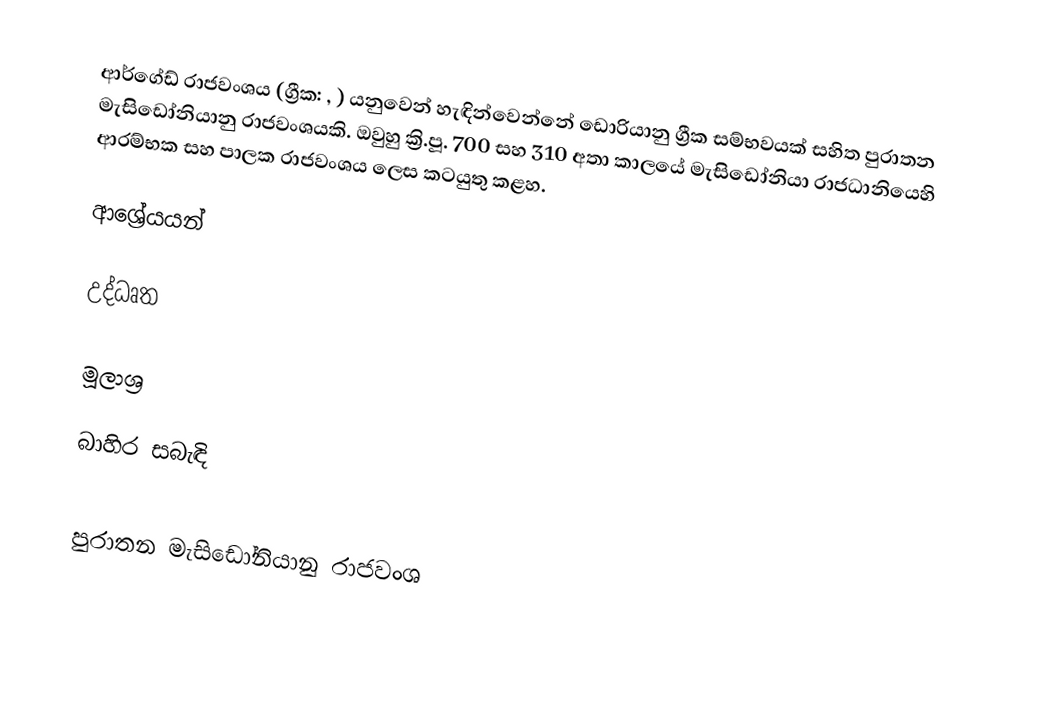
ආර්ගේඩ් ‍රාජවංශය (ග්‍රීක: , ) යනුවෙන් හැඳින්වෙන්නේ ඩොරියානු ග්‍රීක සම්භවයක් සහිත පුරාතන මැසිඩෝනියානු ‍රාජවංශයකි. ඔවුහු ක්‍රි.පූ. 700 සහ 310 අතා කාලයේ මැසිඩෝනියා රාජධානියෙහි ආරම්භක සහ පාලක රාජවංශය ලෙස කටයුතු කළහ.

ආශ්‍රේයයන්

උද්ධෘත

මූලාශ්‍ර

බාහිර සබැඳි

පුරාතන මැසිඩෝනියානු රාජවංශ